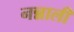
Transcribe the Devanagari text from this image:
नन्नाली